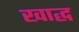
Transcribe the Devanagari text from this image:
खाद्ध